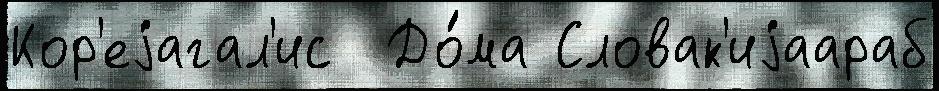
Кор'еjагал'ис  До́ма Словак'иjаараб